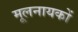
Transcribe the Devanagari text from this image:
मूलनायकों